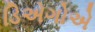
ડિએગોએ